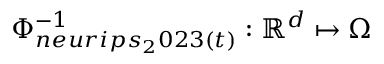
\Phi _ { n e u r i p s _ { 2 } 0 2 3 ( t ) } ^ { - 1 } : \mathbb { R } ^ { d } \mapsto \Omega